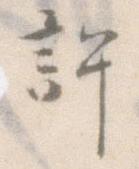
許